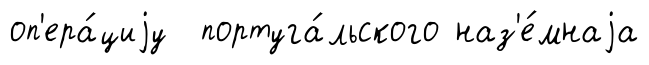
оп'ера́циjу португа́льского наз'е́мнаjа